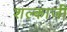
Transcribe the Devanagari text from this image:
शल्काजी